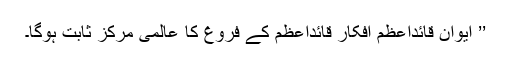
’’ ایوانِ قائداعظمؒ افکار قائداعظمؒ کے فروغ کا عالمی مرکز ثابت ہوگا۔